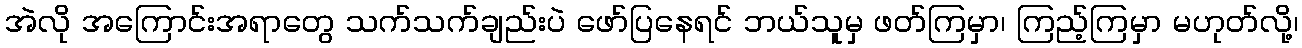
အဲလို အကြောင်းအရာတွေ သက်သက်ချည်းပဲ ဖော်ပြနေရင် ဘယ်သူမှ ဖတ်ကြမှာ၊ ကြည့်ကြမှာ မဟုတ်လို့၊